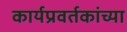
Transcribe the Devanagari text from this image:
कार्यप्रवर्तकांच्या